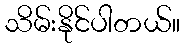
သိမ်းနိုင်ပါတယ်။